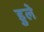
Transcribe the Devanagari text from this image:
डुले